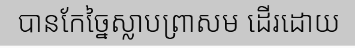
បានកែច្នៃស្លាបព្រាសម ដើរដោយ